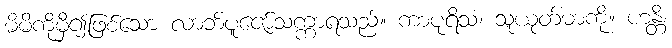
မိမိကိုမှီ၍ဖြစ်သော လာဘ်ပူဇော်သက္ကာရသည်။ ကာပုရိသံ၊ သူယုတ်မာကို။ ဟန္တိ၊